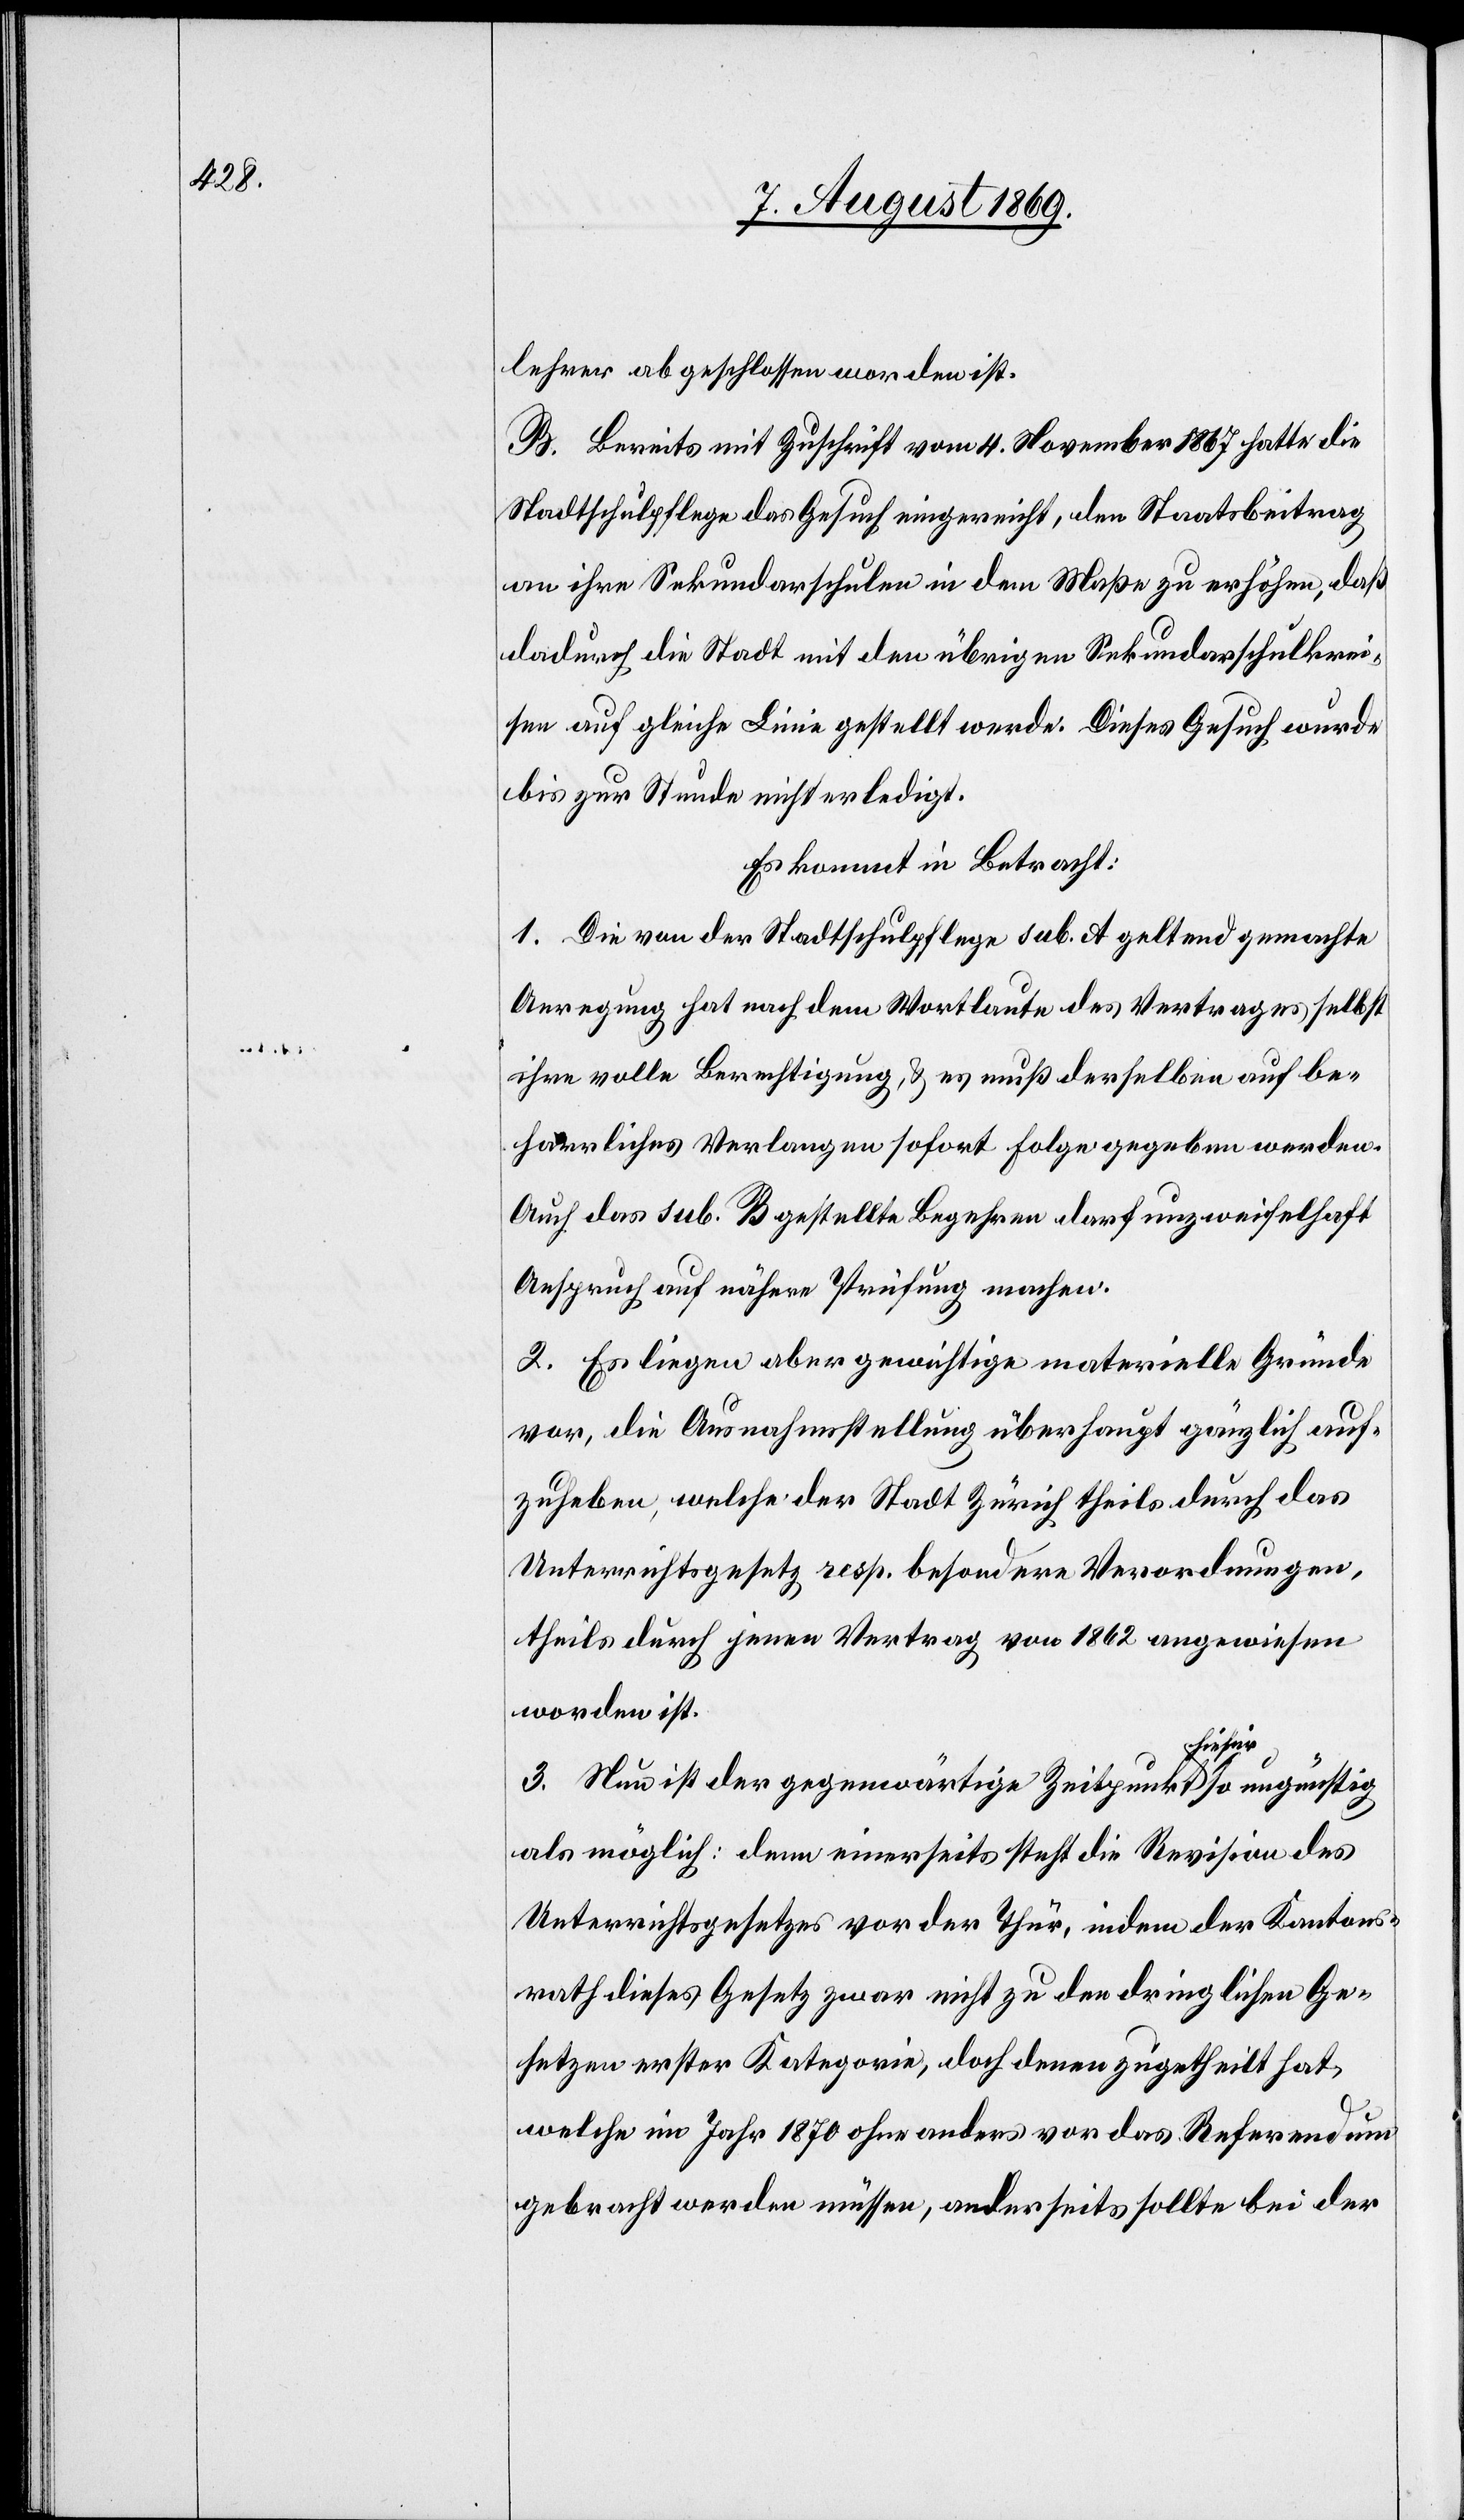
lehrer abgeschlossen worden ist.
B. Bereits mit Zuschrift vom 4 November 1867 hatte die
Stadtschulpflege das Gesuch eingereicht, den Staatsbeitrag
an ihre Sekundarschulen in dem Maße zu erhöhen, daß
dadurch die Stadt mit den übrigen Sekundarschulkrei¬
sen auf gleiche Linie gestellt werde. Dieses Gesuch wurde
bis zur Stunde nicht erledigt.
Es kommt in Betracht:
1. Die von der Stadtschulpflege sub. A geltend gemachte
Anregung hat nach dem Wortlaute des Vertrages selbst
ihre volle Berechtigung, & es muß derselben auf be¬
harrliches Verlangen sofort Folge gegeben werden.
Auch das sub. B gestellte Begehren darf unzweifelhaft
Anspruch auf nähere Prüfung machen.
2. Es liegen aber gewichtige materielle Gründe
vor, die Ausnahmsstellung überhaupt gänzlich auf¬
zugeben, welche der Stadt Zürich theils durch das
Unterrichtsgesetz resp. besondere Verordnungen,
theils durch jenen Vertrag von 1862 angewiesen
worden ist.
3. Nun ist der gegenwärtige Zeitpunkt hiefür so ungünstig
als möglich: denn einerseits steht die Revision des
Unterrichtsgesetzes vor der Thür, indem der Kantons¬
rath dieses Gesetz zwar nicht zu den dringlichen Ge¬
setzen erster Kategorie, doch denen zugetheilt hat,
welche im Jahr 1870 ohne anders vor das Referendum
gebracht werden müssen, anderseits sollte bei der